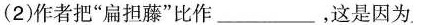
(2)作者把”扁担藤”比作___，这是因为。